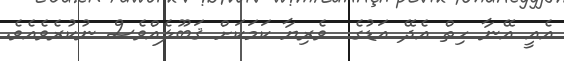
އެއީ އޭނާ ހިތް އެދޭ އަޑުގެ  ވެރިޔާ ކަމަކަށް ޤަބޫލެއްވެސް ނުކުރެވެއެވެ.